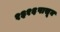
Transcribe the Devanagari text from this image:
१३१६पासून